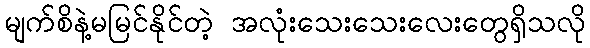
မျက်စိနဲ့မမြင်နိုင်တဲ့ အလုံးသေးသေးလေးတွေရှိသလို